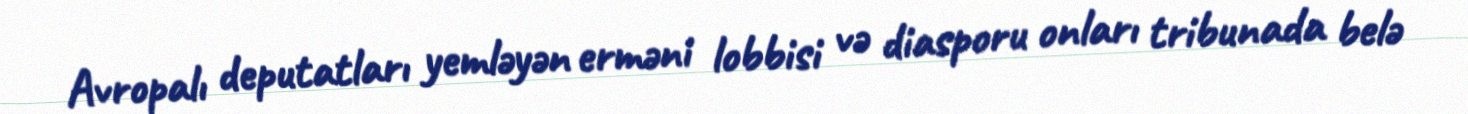
Avropalı deputatları yemləyən erməni lobbisi və diasporu onları tribunada belə